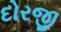
દોરજી